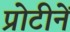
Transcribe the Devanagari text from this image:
प्रोटीनें